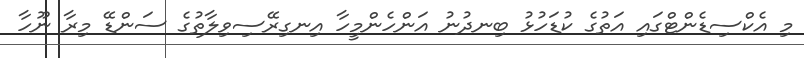
މި އެކްސިޑެންޓްގައި އަތުގެ ކުޑަހުޅު ބިނދުނު އަންހެންމީހާ އިނގިރޭސިވިލާތުގެ ސަންޑޭ މިރާ ނޫހާ